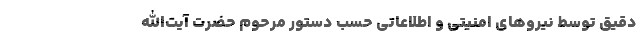
دقیق توسط نیروهای امنیتی و اطلاعاتی حسب دستور مرحوم حضرت آیت‌الله